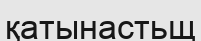
қатынастьщ